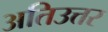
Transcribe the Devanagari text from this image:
अतिउत्तर